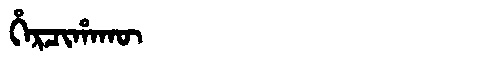
Manchu: ᡥᡝᡵᠴᡳᡥᠠᡴᡡ
Romanization: HERCIHAKŪ